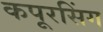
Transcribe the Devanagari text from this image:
कपूरसिंग